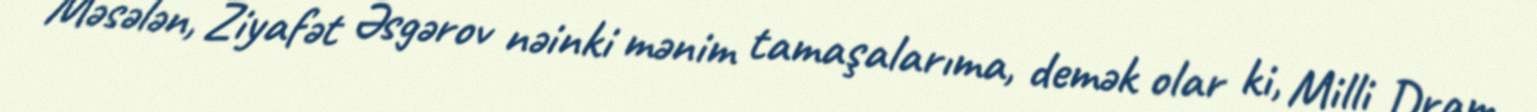
Məsələn, Ziyafət Əsgərov nəinki mənim tamaşalarıma, demək olar ki, Milli Dram